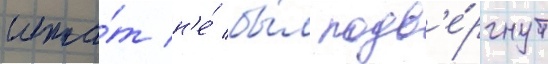
шта́т н'е́ бы́л подв'е́ргнут